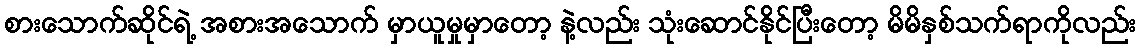
စားသောက်ဆိုင်ရဲ့ အစားအသောက် မှာယူမှုမှာတော့ နဲ့လည်း သုံးဆောင်နိုင်ပြီးတော့ မိမိနှစ်သက်ရာကိုလည်း